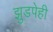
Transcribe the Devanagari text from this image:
झुडपेही